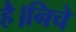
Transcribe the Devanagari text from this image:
है।निचे